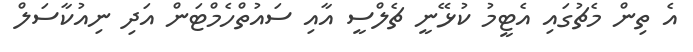
އެ ތިން މެޗުގައި އެޓީމު ކުޅޭނީ ޗެލްސީ އާއި ސައުތްހެމްޓަން އަދި ނިއުކާސަލް